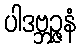
ပါဒဗ္ဘဉ္ဇနံ